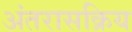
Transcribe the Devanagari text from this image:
अंतरासक्रिय